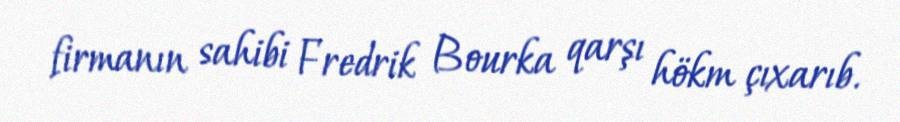
firmanın sahibi Fredrik Bourka qarşı hökm çıxarıb.